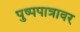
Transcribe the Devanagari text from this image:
पुष्पपात्रावर